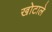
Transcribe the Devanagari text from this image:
खोटाले